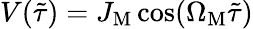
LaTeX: V(\tilde{\tau})=J_{\mathrm{M}}\cos(\Omega_{\mathrm{M}}\tilde{\tau})